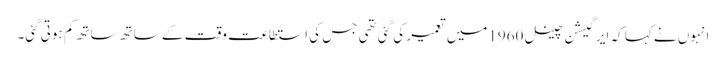
انہوں نے کہا کہ ایرگیشن چینل 1960میں تعمیر کی گئی تھی جس کی استطاعت وقت کے ساتھ ساتھ کم ہوتی گئی۔